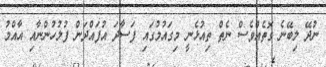
ނުދޭ ލިބޭނެ ގޮތެއްވެސް ނެތް ތިއުޅެނީ މިގައުމުގައި ފަސާދަ އުފައްދަން ފުލުހުންނާއި އާއްމު